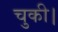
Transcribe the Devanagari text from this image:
चुकी।